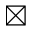
\boxtimes